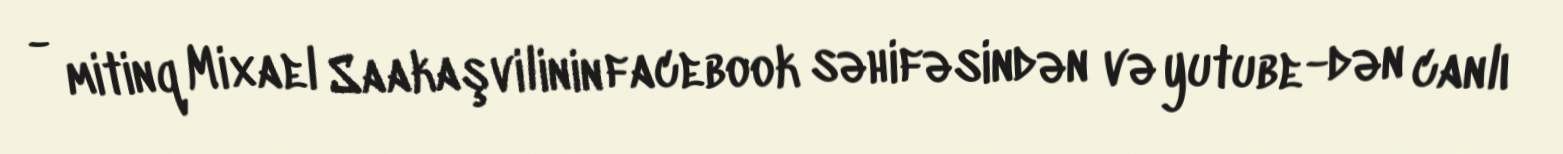
- mitinq Mixael Saakaşvilinin facebook səhifəsindən və yutube -dən canlı